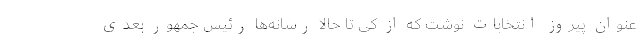
عنوان پیروز انتخابات نوشت که از کی تا حالا رسانه‌ها رئیس جمهور بعدی